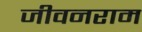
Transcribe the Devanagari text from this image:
जीवनराम